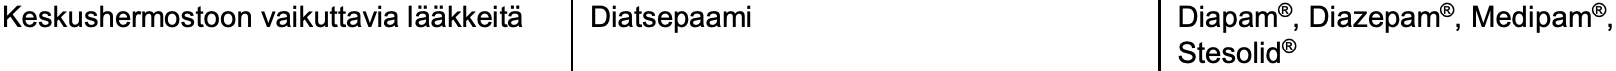
Keskushermostoon vaikuttavia lääkkeitä Diatsepaami Diapam®, Diazepam®, Medipam®, Stesolid®